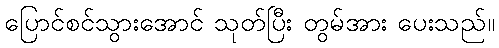
ပြောင်စင်သွားအောင် သုတ်ပြီး တွမ်အား ပေးသည်။